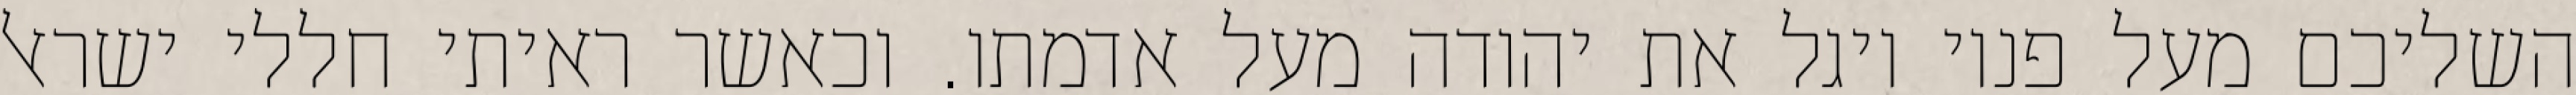
השליכם מעל פניו ויגל את יהודה מעל אדמתו. וכאשר ראיתי חללי ישראל